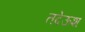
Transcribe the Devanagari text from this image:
तदेऊश